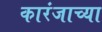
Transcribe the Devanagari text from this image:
कारंजाच्या